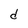
Character: d